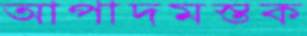
আপাদমস্তক